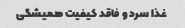
غذا سرد و فاقد کیفیت همیشگی